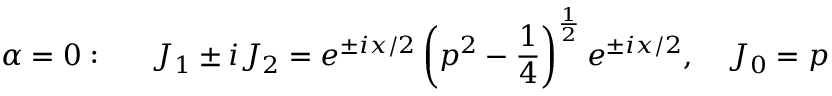
\alpha = 0 : \quad \, \, \, J _ { 1 } \pm i J _ { 2 } = e ^ { \pm i x / 2 } \left( p ^ { 2 } - \frac 1 4 \right) ^ { \frac 1 2 } e ^ { \pm i x / 2 } , \quad J _ { 0 } = p